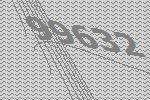
99632